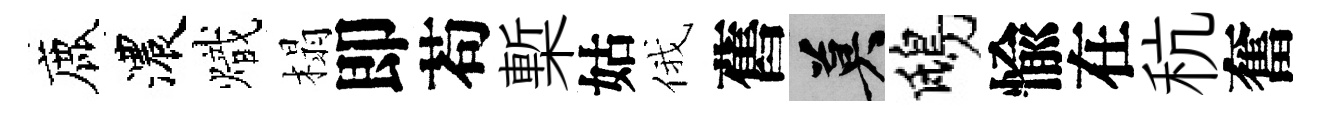
鹿濃熾榻即苟槧姑俄舊莫鴟愉在秔奮